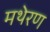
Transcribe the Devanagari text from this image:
मथेरण